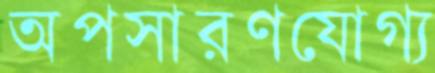
অপসারণযোগ্য